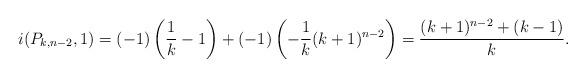
LaTeX: \begin{align*}i(P_{k,n-2},1)=(-1)\left(\frac{1}{k}-1\right)+(-1)\left(-\frac{1}{k}(k+1)^{n-2}\right)=\frac{(k+1)^{n-2}+(k-1)}{k}.\end{align*}